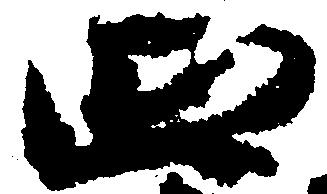
四